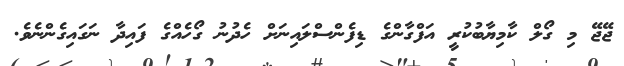
ޖޭޖޭ މި ގޯލް ކާމިޔާބުކުރީ އަފްގާންގެ ޑިފެންސްލައިނަަށް ހެދުނު ގޯހެއްގެ ފައިދާ ނަގައިގެންނެވެ.